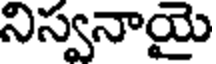
నిస్వనాయై